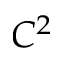
C ^ { 2 }